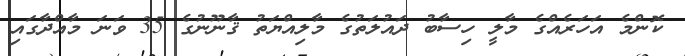
ކޮންމެ އަހަރެއްގެ މާލީ ހިސާބު ދައުލަތުގެ މާލިއްޔަތު ޤާނޫނުގެ 35 ވަނަ މާއްދާގައި